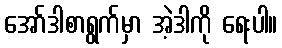
အော်ဒါစာရွက်မှာ အဲ့ဒါကို ရေးပါ။